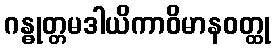
ဂန္ဓုတ္တမဒါယိကာဝိမာနဝတ္ထု